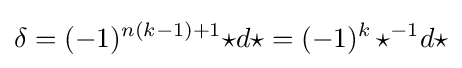
\delta =(-1)^{n(k-1)+1}{\star }d{\star }=(-1)^{k}\,{\star }^{-1}d{\star }